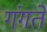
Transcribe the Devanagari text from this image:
गंगते